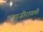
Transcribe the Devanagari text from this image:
बाजीरावची